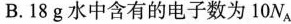
B.18g水中含有的电子数为10N_{A}